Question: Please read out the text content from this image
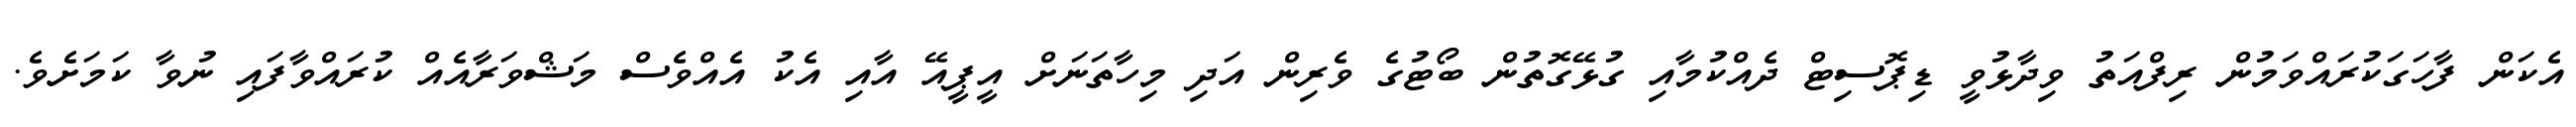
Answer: އެކަން ފާހަގަކުރައްވަމުން ރިފްއަތު ވިދާޅުވީ ޑިޕޮސިޓް ދެއްކުމާއި ގުޅޭގޮތުން ބޯޓުގެ ވެރިން އަދި މިހާތަނަށް އީޕީއޭ އާއި އެކު އެއްވެސް މަޝްވަރާއެއް ކުރައްވާފައި ނުވާ ކަމަށެވެ.